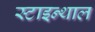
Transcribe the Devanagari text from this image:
स्टाइन्थाल